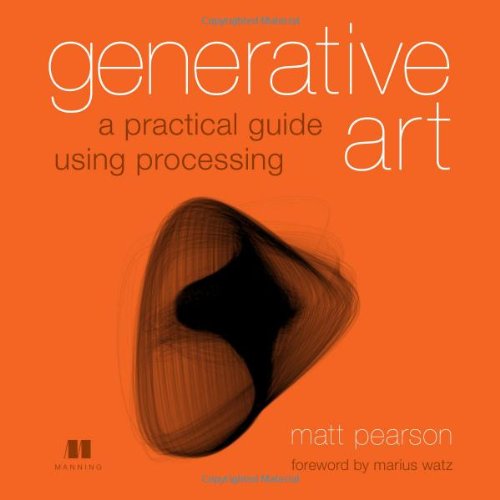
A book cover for Generative Art; Matt Pearson; Arts & Photography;